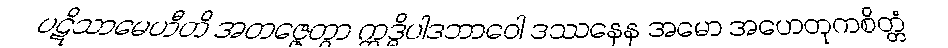
ပဋိသာမေဟီတိ အတဇ္ဇေတွာ ဣဒ္ဓိပါဒဘာဝေါ ဒဿနေန အမော အဟေတုကစိတ္တံ